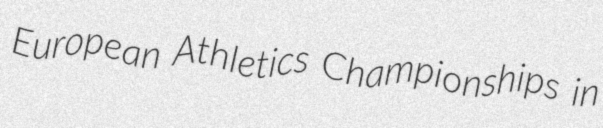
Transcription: European Athletics Championships in